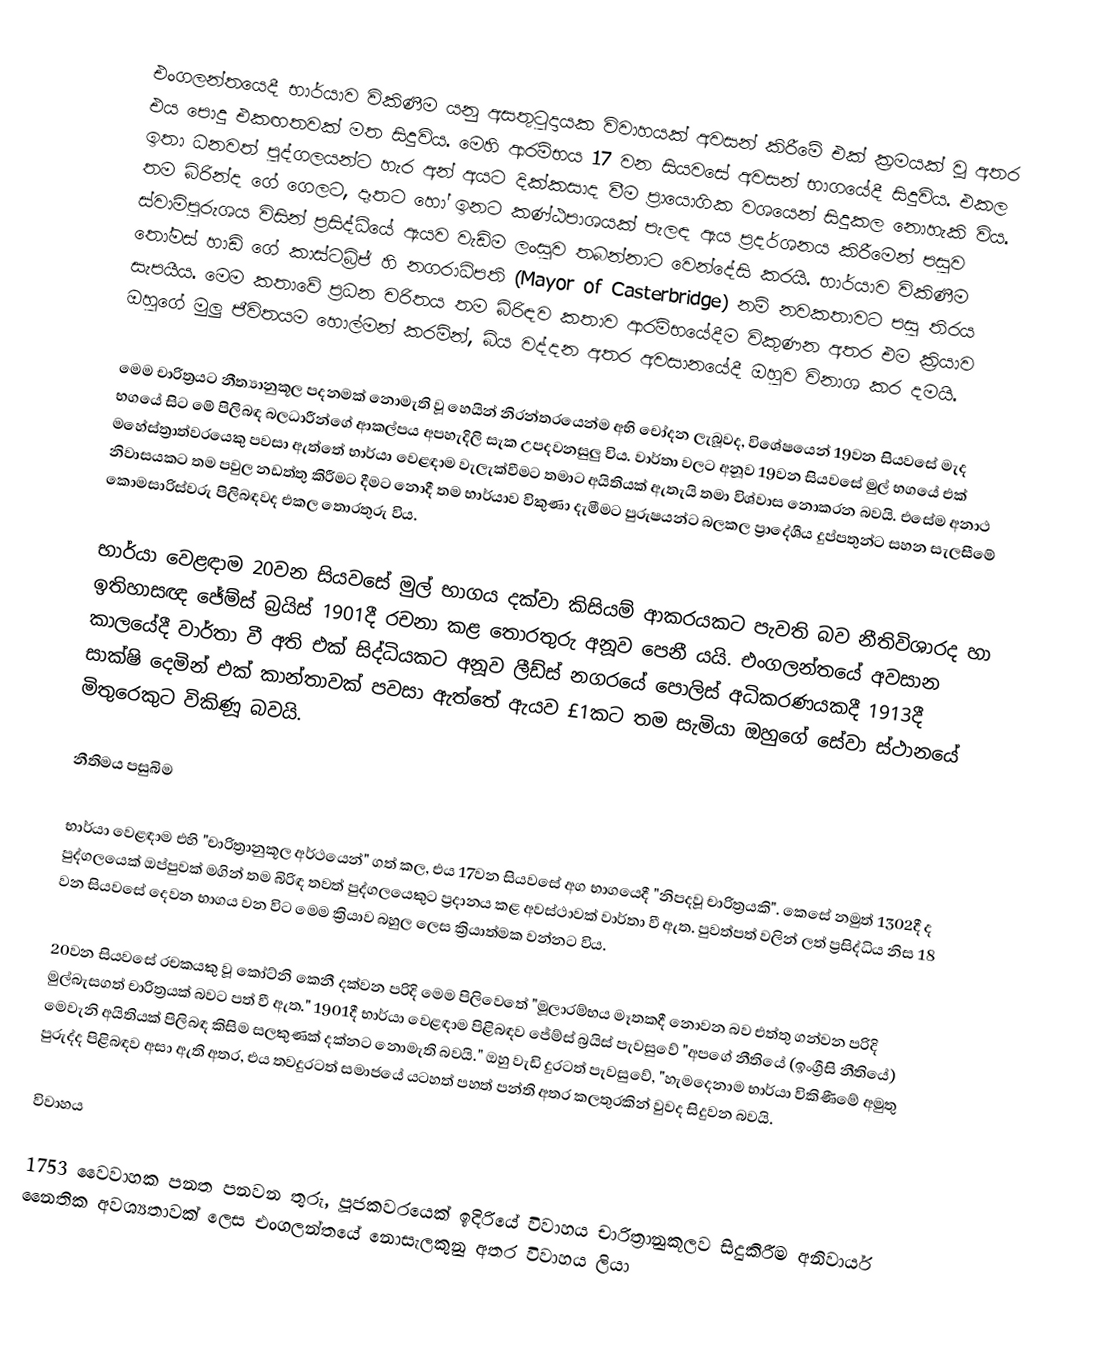
එංගලන්තයෙදී භාර්යාව විකිණීම යනු අසතුටුදායක විවාහයක් අවසන් කිරීමේ එක් ක්‍රමයක් වූ අතර එය පොදු එකඟතවක් මත සිදුවිය. මෙහි ආරම්භය 17 වන සියවසේ අවසන් භාගයේදී සිදුවිය. එකල ඉතා ධනවත් පුද්ගලයන්ට හැර අන් අයට දික්කසාද වීම ප්‍රායොගික වශයෙන් සිදුකල නොහැකි විය. තම බිරින්ද ගේ ගෙලට, දෑතට හෝ ඉනට කණ්ඨපාශයක් පැලඳ ඇය ප්‍රදර්ශනය කිරීමෙන් පසුව ස්වාමිපුරුශය විසින් ප්‍රසිද්ධියේ ඇයව වැඩිම ලංසුව තබන්නාට වෙන්දේසි කරයි. භාර්යාව විකිණීම තෝමස් හාඩි ගේ කාස්ටබ්‍රිජ් හි නගරාධිපති (Mayor of Casterbridge) නම් නවකතාවට පසු තිරය සැපයීය. මෙම කතාවේ ප්‍රධන චරිතය තම බිරිඳව කතාව ආරම්භයේදීම විකුණන අතර එම ක්‍රියාව ඔහුගේ මුලු ජීවිතයම හොල්මන් කරමින්, බිය වද්දන අතර අවසානයේදී ඔහුව විනාශ කර දමයි.

මෙම චාරිත්‍රයට නීත්‍යානුකූල පදනමක් නොමැති වූ හෙයින් නිරන්තරයෙන්ම අභි චෝදන ලැබූවද, විශේෂයෙන් 19වන සියවසේ මැද භගයේ සිට මේ පිලිබඳ බලධාරීන්ගේ ආකල්පය අපහැදිලි සැක උපදවනසුලු විය. වාර්තා වලට අනූව 19වන සියවසේ මුල් භගයේ එක් මහේස්ත්‍රාත්වරයෙකු පවසා ඇත්තේ භාර්යා වෙළඳාම වැලැක්වීමට තමාට අයිතියක් ඇතැයි තමා විශ්වාස නොකරන බවයි. එසේම අනාථ නිවාසයකට තම පවුල නඩත්තු කිරීමට දීමට නොදී තම භාර්යාව විකුණා දැමීමට පුරුෂයන්ට බලකල ප්‍රාදේශීය දුප්පතුන්ට සහන සැලසීමේ කොමසාරිස්වරු පිලිබඳවද එකල තොරතුරු විය.

භාර්යා වෙළඳාම 20වන සියවසේ මුල් භාගය දක්වා කිසියම් ආකරයකට පැවති බව නීතිවිශාරද හා ඉතිහාසඥ ජේම්ස් බ්‍රයිස් 1901දී රචනා කළ තොරතුරු අනූව පෙනී යයි. එංගලන්තයේ අවසාන කාලයේදී වාර්තා වී අති එක් සිද්ධියකට අනූව ලීඩ්ස් නගරයේ පොලිස් අධිකරණයකදී 1913දී සාක්ෂි දෙමින් එක් කාන්තාවක් පවසා ඇත්තේ ඇයව £1කට තම සැමියා ඔහුගේ සේවා ස්ථානයේ මිතුරෙකුට විකිණූ බවයි.

නීතිමය පසුබිම

භාර්යා වෙළඳාම එහි "චාරිත්‍රානුකූල අර්ථයෙන්" ගත් කල, එය 17වන සියවසේ අග භාගයෙදී "නිපදවූ චාරිත්‍රයකි". කෙසේ නමුත් 1302දී ද පුද්ගලයෙක් ඔප්පුවක් මගින් තම බිරිඳ තවත් පුද්ගලයෙකුට ප්‍රදානය කළ අවස්ථාවක් වාර්තා වී ඇත. පුවත්පත් වලින් ලත් ප්‍රසිද්ධිය නිස 18 වන සියවසේ දෙවන භාගය වන විට මෙම ක්‍රියාව බහුල ලෙස ක්‍රියාත්මක වන්නට විය.

20වන සියවසේ රචකයකු වූ කෝට්නි කෙනී දක්වන පරිදි මෙම පිලිවෙතේ "මූලාරම්භය මෑතකදී නොවන බව එත්තු ගන්වන පරිදි මුල්බැසගත් චාරිත්‍රයක් බවට පත් වී ඇත." 1901දී භාර්යා වෙළඳාම පිළිබඳව ජේම්ස් බ්‍රයිස් පැවසුවේ "අපගේ නීතියේ (ඉංග්‍රීසි නීතියේ) මෙවැනි අයිතියක් පිලිබඳ කිසිම සලකුණක් දක්නට නොමැති බවයි." ඔහු වැඩි දුරටත් පැවසුවේ, "හැමදෙනාම භාර්යා විකිණීමේ අමුතු පුරුද්ද පිළිබඳව අසා ඇති අතර, එය තවදුරටත් සමාජයේ යටහත් පහත් පන්ති අතර කලතුරකින් වුවද සිදුවන බවයි.

විවාහය

1753 වෛවාහක පනත පනවන තුරු, පූජකවරයෙක් ඉදිරියේ විවාහය චාරිත්‍රානුකූලව සිදුකිරීම අනිවාර්ය නෛතික අවශ්‍යතාවක් ලෙස එංගලන්තයේ නොසැලකුනු අතර විවාහය ලියා